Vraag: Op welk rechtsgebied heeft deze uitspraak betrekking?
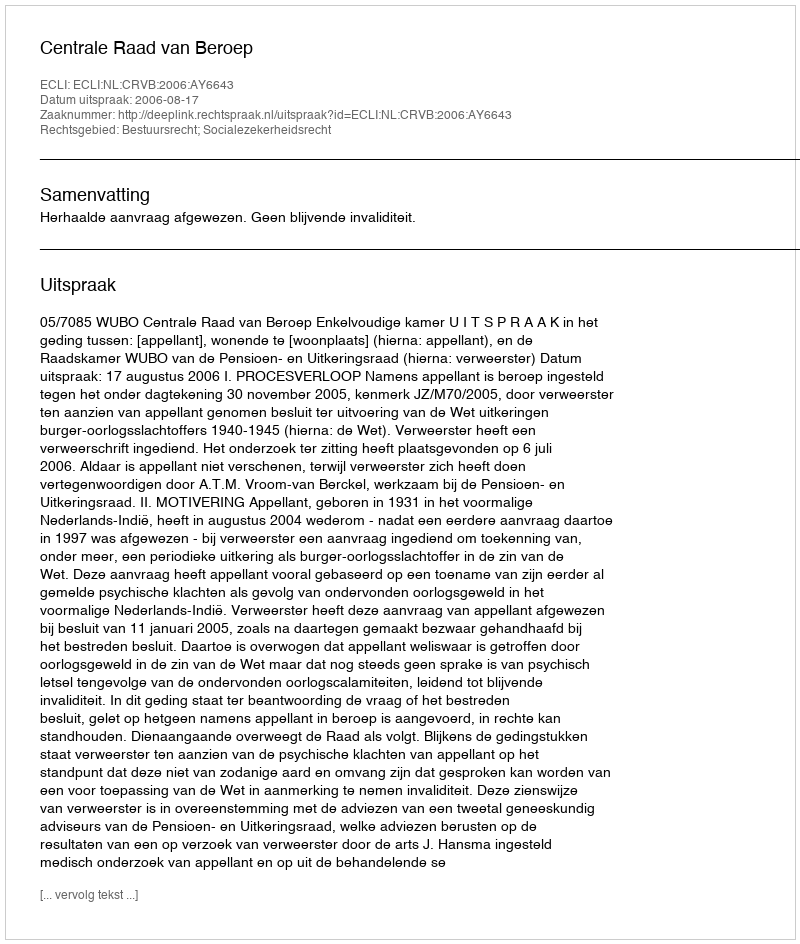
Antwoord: Bestuursrecht; Socialezekerheidsrecht